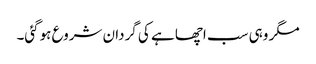
مگر وہی سب اچھا ہے کی گردان شروع ہوگئی۔